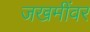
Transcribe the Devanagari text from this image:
जखमींवर